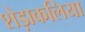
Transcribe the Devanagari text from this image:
शेड़ाकलिया